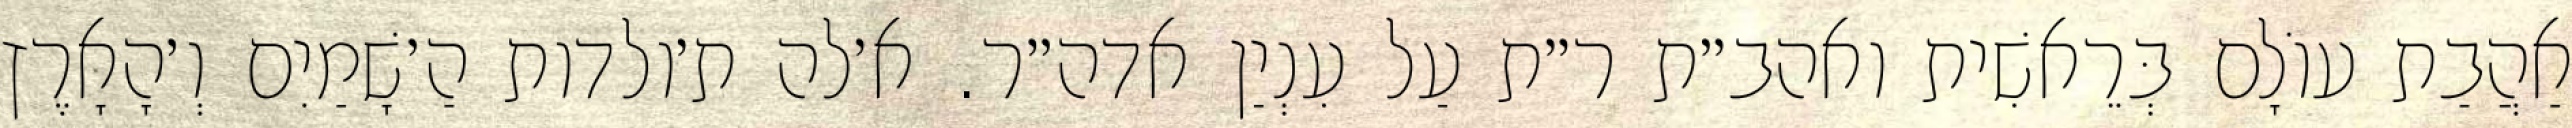
אַהֲבַת עוֹלָם בְּרֵאשִׁית ואהב״ת ר״ת עַל עִנְיַן אדה״ר. א׳לה ת׳ולדות הַ׳שָׁמַיִם וְ׳הָאָרֶץ